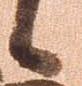
候